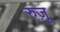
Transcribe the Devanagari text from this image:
रुज़ू